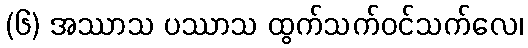
(၆) အဿာသ ပဿာသ ထွက်သက်ဝင်သက်လေ၊